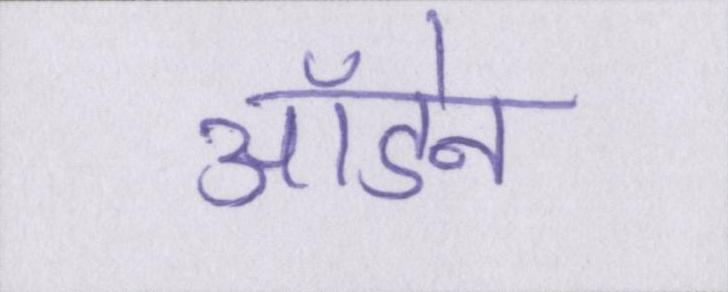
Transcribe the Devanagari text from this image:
ऑडेन